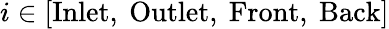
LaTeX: i\in[\mathrm{Inlet},\ \mathrm{Outlet},\ \mathrm{Front},\ \mathrm{Back}]